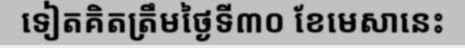
ទៀតគិតត្រឹមថ្ងៃទី៣០ ខែមេសានេះ